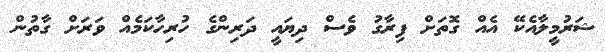
ޝަރުމީލާއެކޭ އެއް ގޮތަށް ފިރާގު ވެސް ދިޔައީ ދަރިންގެ ހުރިހާކަމެއް ވަރަށް ގާތުން